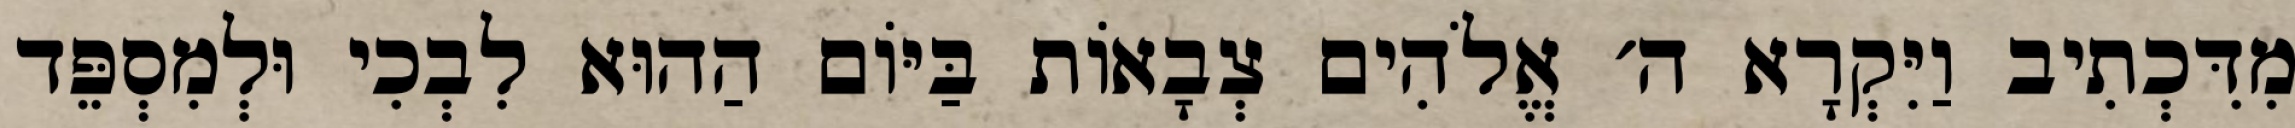
מִדִּכְתִיב וַיִּקְרָא ה׳ אֱלֹהִים צְבָאוֹת בַּיּוֹם הַהוּא לִבְכִי וּלְמִסְפֵּד